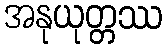
အနုယုတ္တဿ